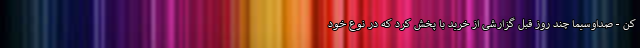
کن - صداوسیما چند روز قبل گزارشی از خرید با پخش کرد که در نوع خود